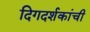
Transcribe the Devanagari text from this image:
दिगदर्शकांची